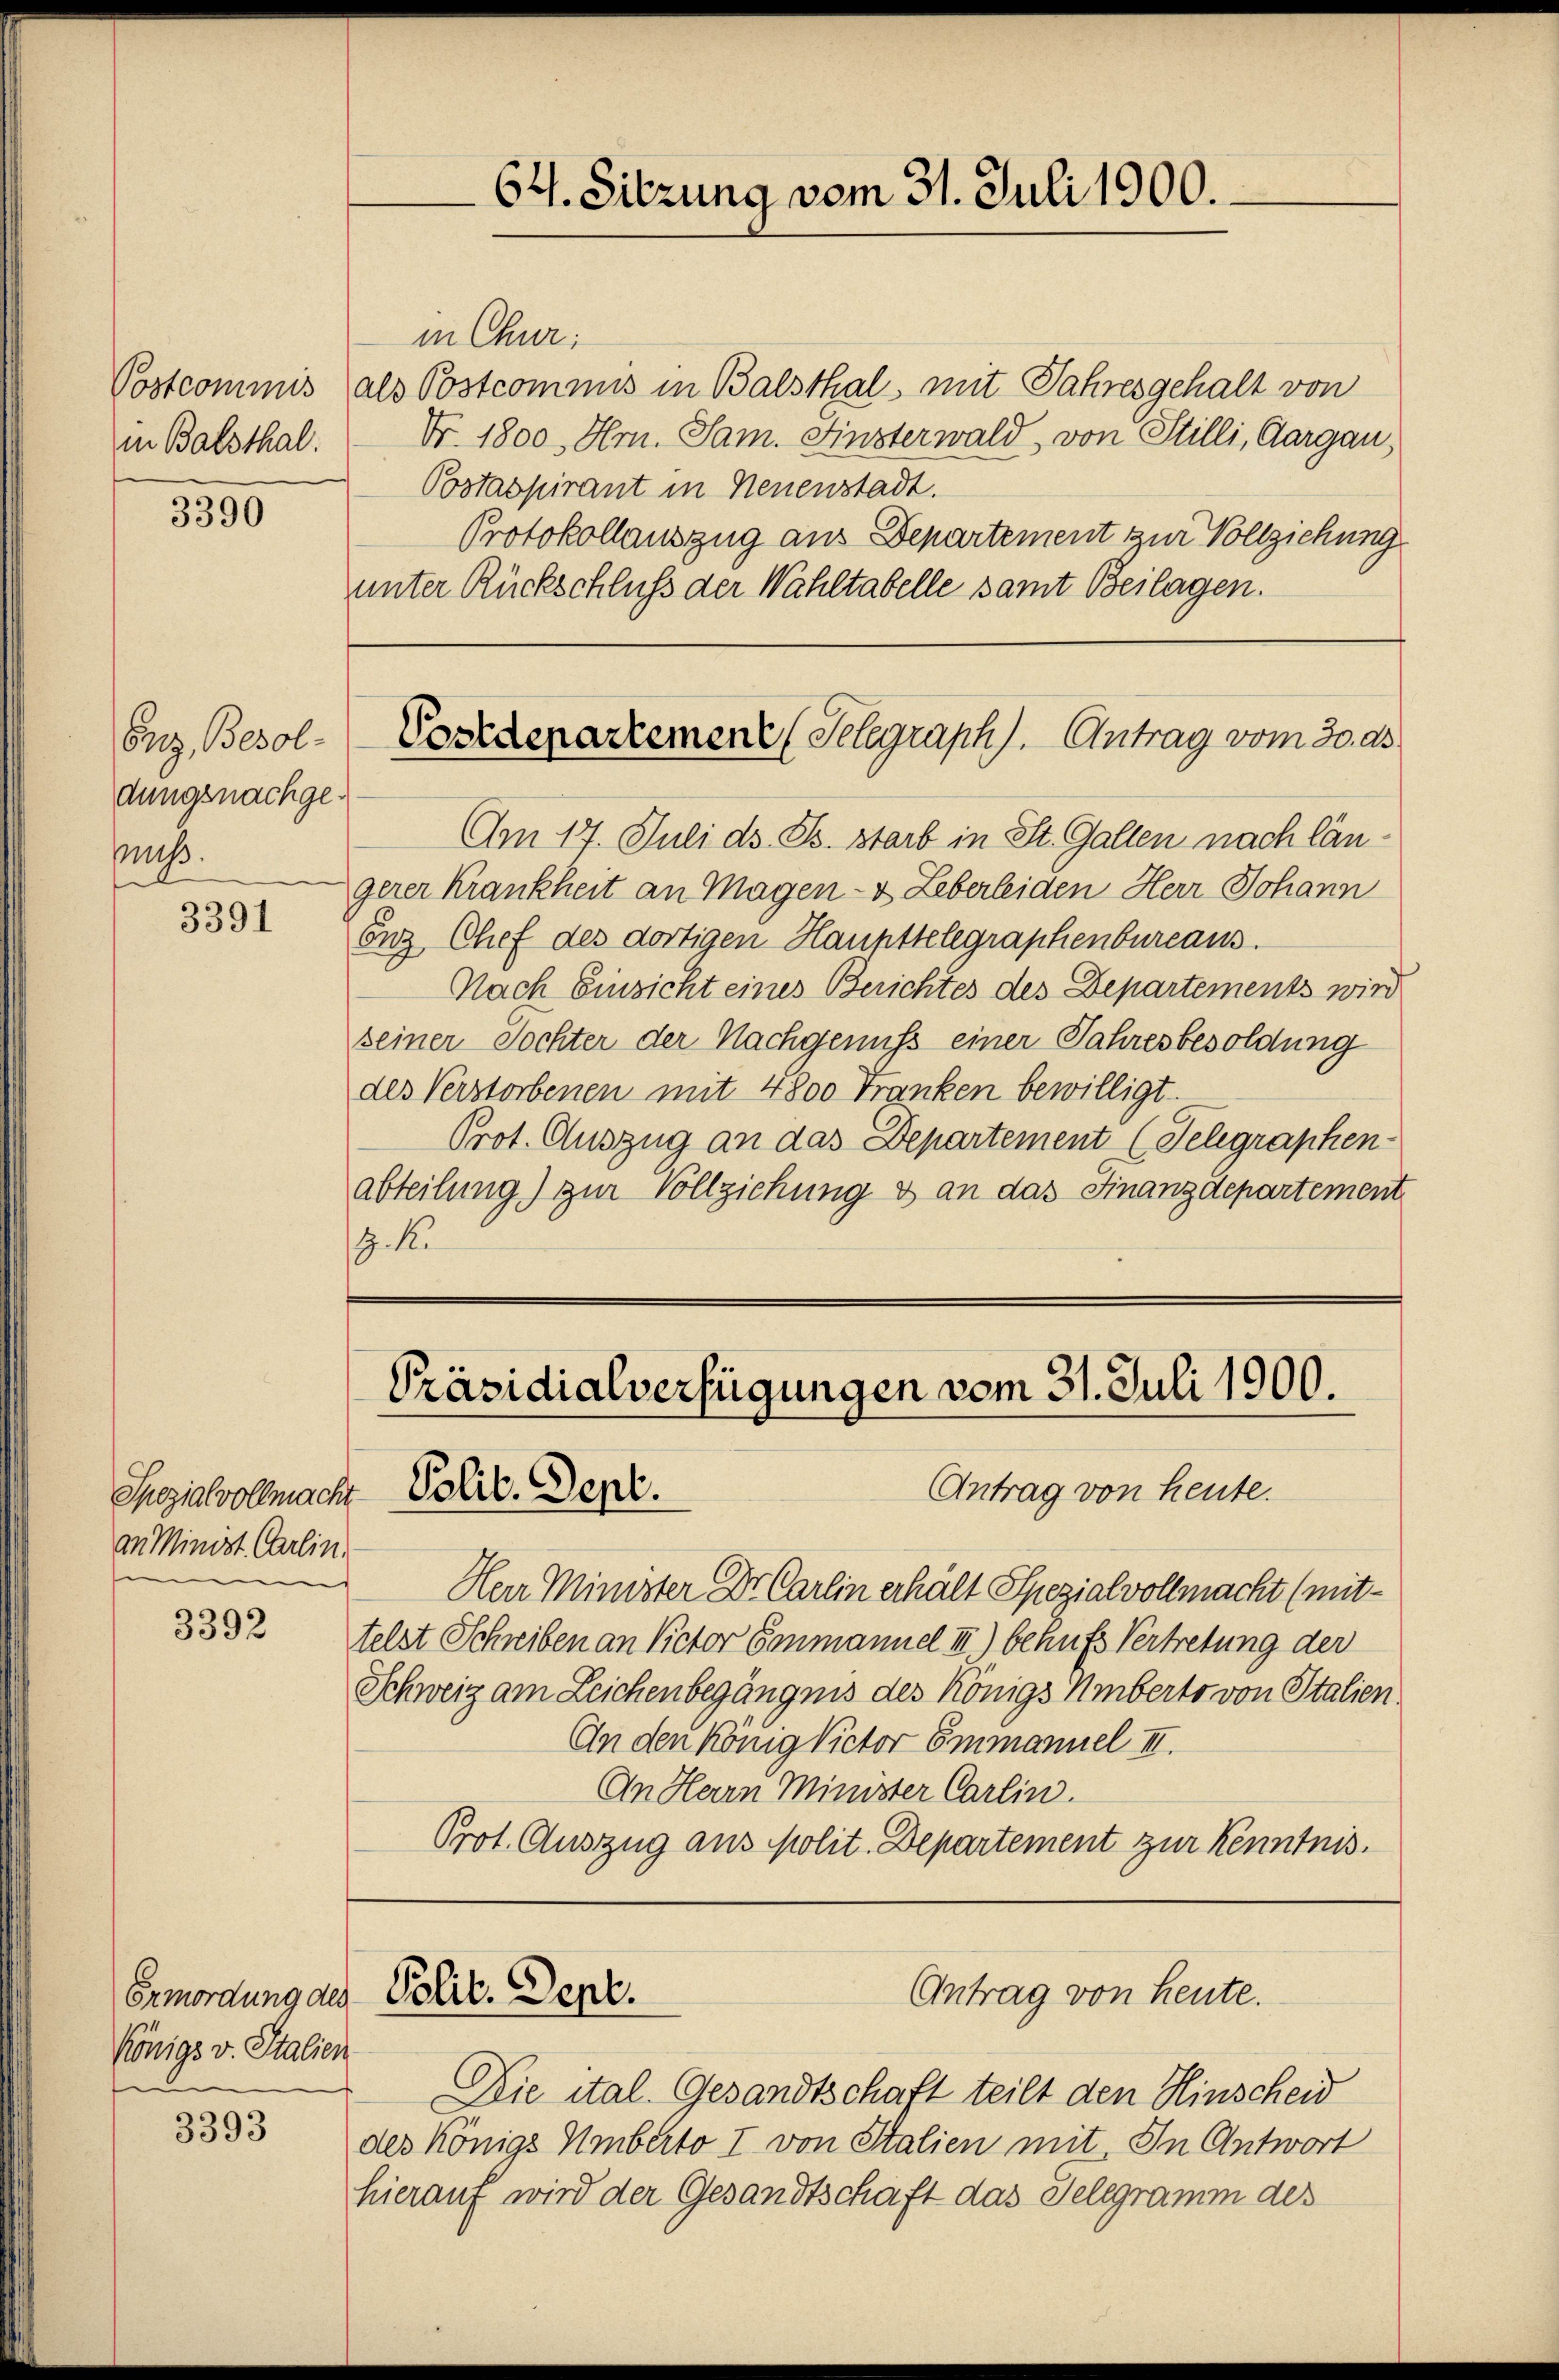
64. Sitzung vom 31. Juli 1900.

in Chur;
als Postcommis in Balsthal, mit Jahresgehalt von
Nr. 1800. Hrn. Sam. Finsterwald, von Stilli, Aargau)
Postaspirant in Neuenstadt.
Protokollauszug aus Departement zur Vollziehung
unter Rückschluß der Wahltabelle samt Beilagen.

Postcommis
in Balsthal.

3390

Postdepartement (Telegraph). Antrag vom 30. ds.

Enz, Besoldungsnachgemuß.

Am 17. Juli d. Js. starb in St. Gallen nach längerer Krankheit an Magen- & Leberleiden Herr Johann
Enz Chef des dortigen Haupttelegraphenbureaus.
Nach Einsicht eines Berichtes des Departements wird
seiner Tochter der Nachgenuß einer Jahresbesoldung
des Verstorbenen mit 4800 Franken bewilligt.
Prot. Auszug an das Departement (Telegraphen
abteilung) zur Vollziehung & an das Finanzdepartement

3391

Präsidialverfügungen vom 31. Juli 1900.
Antrag von heute.
Polit. Sept.

Spezialvollmacht
an Minist Carlin,

Herr Minister Dr. Carlin erhält Spezialvollmacht (mit-
telst Schreiben an Victor Ganmanuel III) behufs Vertretung der
Schweiz am Zeichenbegängnis des Königs Umberts von Italien
An den König Victor Emmannel II.
An Herrn Minister Carlin.
Prot. Auszug aus Molit. Departement zur Kenntnis.

3392

Polit. Sept.

Antrag von heute.

Ermordung des
Königs v. Italien

Die ital. Gesandtschaft teilt den Hinscheid
des Königs Umberto I von Stalien mit In Antwort
hierauf wird der Gesandtschaft das Telegramm des

3393